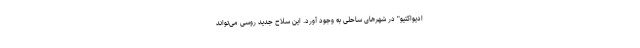
ادیواکتیو" در شهرهای ساحلی به وجود آورد. این سلاح جدید روسی می‌تواند